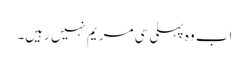
اب وہ پہلی سی مریم نہیں رہیں۔